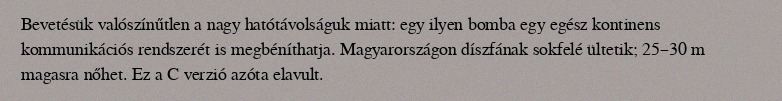
Bevetésük valószínűtlen a nagy hatótávolságuk miatt: egy ilyen bomba egy egész kontinens kommunikációs rendszerét is megbéníthatja. Magyarországon díszfának sokfelé ültetik; 25–30 m magasra nőhet. Ez a C verzió azóta elavult.